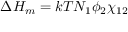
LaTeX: \Delta H _ { m } = k T N _ { 1 } \phi _ { 2 } \chi _ { 1 2 }